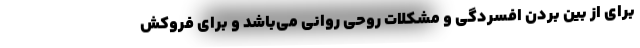
برای از بین بردن افسردگی و مشکلات روحی روانی می‌باشد و برای فروکش